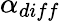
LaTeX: \alpha_{diff}